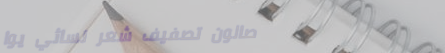
صالون تصفيف شعر نسائي يوا